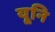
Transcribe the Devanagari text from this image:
यूनि